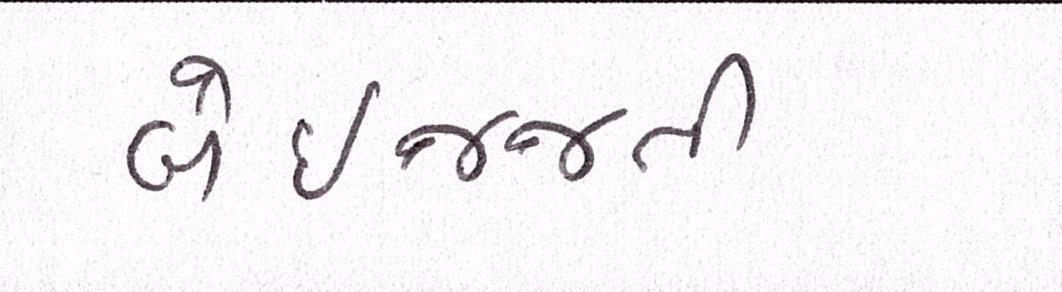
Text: બેઇજ્જતી